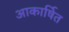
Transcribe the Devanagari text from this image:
आकार्षित